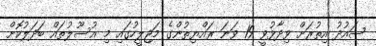
ސައުދު އިތުރަށް ވިދާޅުވީ 19 ވަނަ ރައްޔިތުންގެ މަޖިލީހުގައި މި އުސޫލުތައް ބަދަލުކޮށް